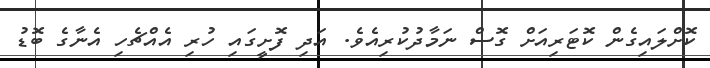
ކޮށްލައިގެން ކޮޓަރިއަށް ގޮސް ނަމާދުކުރިއެވެ. އަދި ފޮށީގައި ހުރި އެއްޗެހި އެނާގެ ބޮޑު